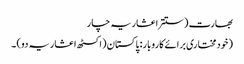
بھارت (ستتر اعشاریہ چار
(خودمختاری برائے کاروبار: پاکستان (اکسٹھ اعشاریہ دو) ۔